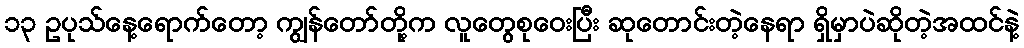
၁၃ ဥပုသ်နေ့ရောက်တော့ ကျွန်တော်တို့က လူတွေစုဝေးပြီး ဆုတောင်းတဲ့နေရာ ရှိမှာပဲဆိုတဲ့အထင်နဲ့